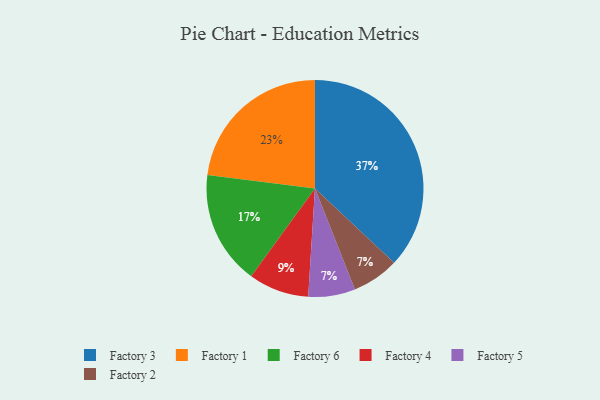
{"axis": {"x": "Category", "y": "Percentage"}, "legend": ["Factory 1", "Factory 2", "Factory 3", "Factory 4", "Factory 5", "Factory 6"], "data": [{"x": "Factory 6", "y": 17, "type": "Factory 6"}, {"x": "Factory 5", "y": 7, "type": "Factory 5"}, {"x": "Factory 4", "y": 9, "type": "Factory 4"}, {"x": "Factory 3", "y": 37, "type": "Factory 3"}, {"x": "Factory 2", "y": 7, "type": "Factory 2"}, {"x": "Factory 1", "y": 23, "type": "Factory 1"}]}